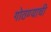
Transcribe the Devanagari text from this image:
गोठण्याची